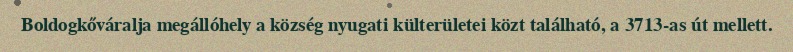
Boldogkőváralja megállóhely a község nyugati külterületei közt található, a 3713-as út mellett.